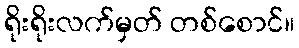
ရိုးရိုးလက်မှတ် တစ်စောင်။